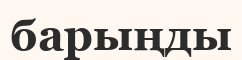
барыңды